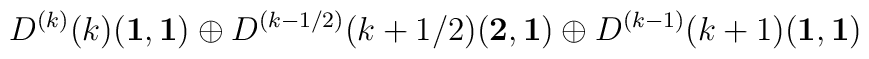
D^{(k)}(k)({\bf 1},{\bf 1}) \oplus D^{(k-1/2)}(k+1/2)({\bf 2},{\bf 1})\oplus D^{(k-1)}(k+1)({\bf 1},{\bf 1})